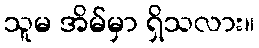
သူမ အိမ်မှာ ရှိသလား။